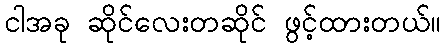
ငါအခု ဆိုင်လေးတဆိုင် ဖွင့်ထားတယ်။